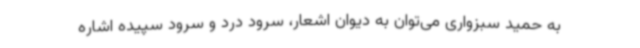
به حمید سبزواری می‌توان به دیوان اشعار، سرود درد و سرود سپیده اشاره